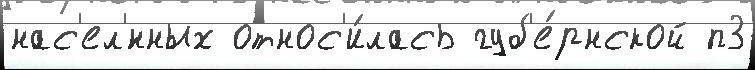
нас'ел'́нных относ'и́лась губ'е́рнской п3